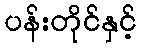
ပန်းတိုင်နှင့်